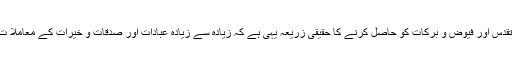
انہو ں نے کہاکہ محرم الحرام کے تقدس اور فیوض و برکات کو حاصل کرنے کا حقیقی زریعہ یہی ہے کہ زیادہ سے زیادہ عبادات اور صدقات و خیرات کے معاملا ت میں بڑھ چڑھ کر حصہ لیا جا ئے۔